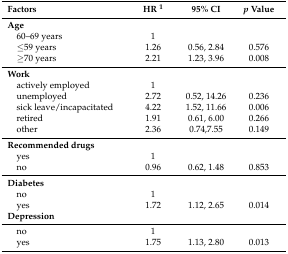
<table><thead><tr><td><b>Factors</b></td><td><b>HR <sup>1</sup></b></td><td><b>95% CI</b></td><td><b><i>p</i> Value</b></td></tr></thead><tbody><tr><td><b>Age</b></td><td colspan="3"></td></tr><tr><td> 60–69 years</td><td>1</td><td></td><td></td></tr><tr><td> ≤59 years</td><td>1.26</td><td>0.56, 2.84</td><td>0.576</td></tr><tr><td> ≥70 years</td><td>2.21</td><td>1.23, 3.96</td><td>0.008</td></tr><tr><td><b>Work</b></td><td colspan="3"></td></tr><tr><td> actively employed</td><td>1</td><td></td><td></td></tr><tr><td> unemployed</td><td>2.72</td><td>0.52, 14.26</td><td>0.236</td></tr><tr><td> sick leave/incapacitated</td><td>4.22</td><td>1.52, 11.66</td><td>0.006</td></tr><tr><td> retired</td><td>1.91</td><td>0.61, 6.00</td><td>0.266</td></tr><tr><td> other </td><td>2.36</td><td>0.74,7.55</td><td>0.149</td></tr><tr><td><b>Recommended drugs</b></td><td></td><td></td><td></td></tr><tr><td> yes</td><td>1</td><td></td><td></td></tr><tr><td> no</td><td>0.96</td><td>0.62, 1.48</td><td>0.853</td></tr><tr><td><b>Diabetes</b></td><td></td><td></td><td></td></tr><tr><td> no</td><td>1</td><td></td><td></td></tr><tr><td> yes</td><td>1.72</td><td>1.12, 2.65</td><td>0.014</td></tr><tr><td><b>Depression</b></td><td></td><td></td><td></td></tr><tr><td> no</td><td>1</td><td></td><td></td></tr><tr><td> yes</td><td>1.75</td><td>1.13, 2.80</td><td>0.013</td></tr></tbody></table>